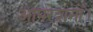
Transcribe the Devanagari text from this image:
आपरेशनों।